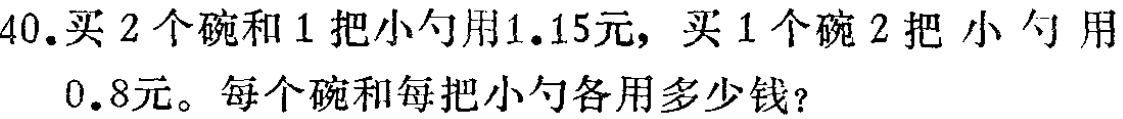
40.买2个碗和1把小勺用1.15元，买1个碗2把小勺用0.8元。每个碗和每把小勺各用多少钱？